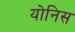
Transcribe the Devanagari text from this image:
योनिस